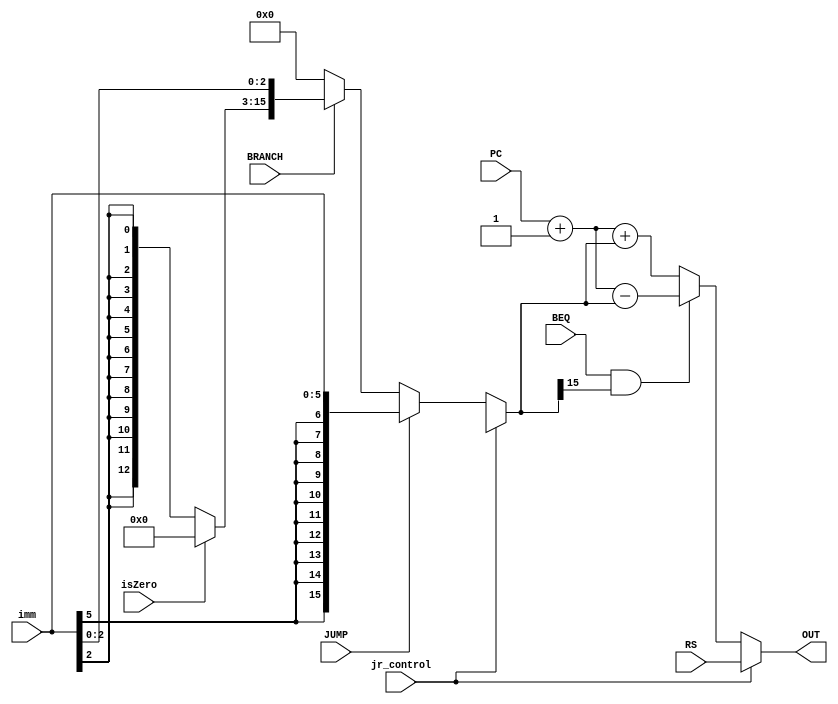
module ALU_Branch(
   input [15:0] RS,
   input [15:0] PC,
	input [5:0] imm,
	input BRANCH,
	input JUMP,
   input BEQ,
	input jr_control,
	input isZero,
	// input [15:0] JumpAddress,
   output reg [15:0] OUT

	 
	 
    );
	 
	reg [15:0] jump_immediate;
	reg [15:0] branch_immediate; 
	always @(RS, PC, imm, BRANCH, JUMP, BEQ, jr_control)
	begin
	
	
	
	jump_immediate = {{10{imm[5]}},imm[5:0]};
	//$display("imm =", imm,"jump_imm=", jump_immediate);
	branch_immediate = {{13{imm[2]}},imm[2:0]};
	
	if (isZero)
			branch_immediate[15:3] = 13'b0000000000000;

	if (jr_control == 1) 
		OUT = RS; 
   else 
		begin 
				if (BRANCH ==0 ) 
					branch_immediate = 0; 
				if (JUMP == 1) 	
					branch_immediate = jump_immediate;	
				if ((BEQ == 1'b1) && (branch_immediate[15] == 1)) 
					OUT = PC + 1 - branch_immediate;	  
				else 
				begin
						OUT = PC + 1 + branch_immediate;
					//$display(OUT, "=", PC, "+1", branch_immediate);
				end
						
			end
			 //$display("Branch immediate:" , branch_immediate);
			 //$display("Out = :", OUT);
		end
	
	
  endmodule